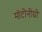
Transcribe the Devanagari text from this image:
मॉटीनीग्रो